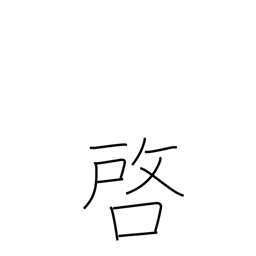
Meaning: disclose